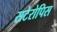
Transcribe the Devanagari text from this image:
सटेरोपिस